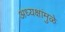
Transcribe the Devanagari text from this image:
अध्यक्षांमुळे